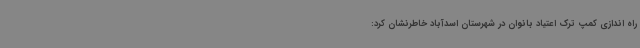
راه اندازی کمپ ترک اعتیاد بانوان در شهرستان اسدآباد خاطرنشان کرد: